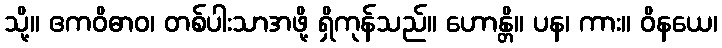
သို့။ ဧကဝိဓာဝ၊ တစ်ပါးသာအဖို့ ရှိကုန်သည်။ ဟောန္တိ။ ပန၊ ကား။ ဝိနယေ၊